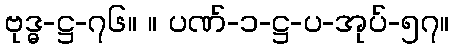
ဗုဒ္ဓ-ဋ္ဌ-၇၆။ ။ ပဏ်-၁-ဋ္ဌ-ပ-အုပ်-၅၇။